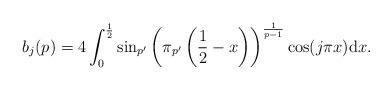
LaTeX: \begin{align*} b_j(p)&= 4 \int _0^{\frac12} \sin_{p'}\left(\pi_{p'}\left(\frac12 -x\right)\right)^{\frac{1}{p-1}} \cos(j\pi x) \mathrm{d} x.\end{align*}